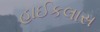
હાઈકલાસ